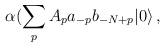
LaTeX: \begin{align*}\alpha(\sum_p A_p a_{-p}b_{-N+p}|0\rangle\,,\end{align*}